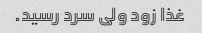
غذا زود ولی سرد رسید.